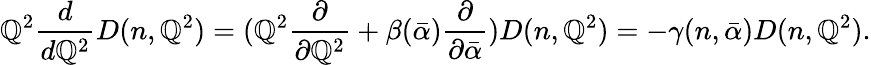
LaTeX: \mathbb{Q}^{2}\frac{{d}}{{d\mathbb{Q}^{2}}}D(n,\mathbb{Q}^{2})=(\mathbb{Q}^{2}\frac{{\partial}}{{\partial\mathbb{Q}^{2}}}+\beta(\bar{{\alpha}})\frac{{\partial}}{{\partial\bar{{\alpha}}}})D(n,\mathbb{Q}^{2})=-\gamma(n,\bar{{\alpha}})D(n,\mathbb{Q}^{2}).